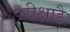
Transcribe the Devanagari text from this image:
परीक्षाहै